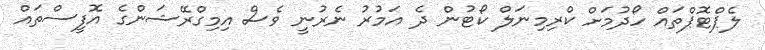
ލެޕްޓޮޕްތައް ހޯދުމަށް ކްރިމިނަލް ކޯޓުން ދެ އަމުރު ނެރުނީ ވެސް އިމިގްރޭޝަންގެ އޮފީސްތައް